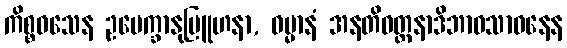
ကိစ္စဝသေန ဥပေက္ခာနုဗြူဟနာ, ဓမ္မာနံ အနတိဝတ္တနာဒိဘာဝသာဓနေန